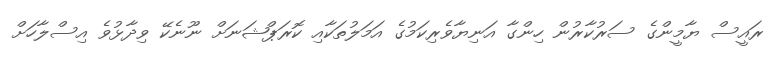
ރައީސް ޔާމީންގެ ސަރުކާރުން ހިންގާ އަނިޔާވެރިކަމުގެ އަމަލުތަކާއި ކޮރަޕްޝަނަށް ނޫނެކޭ ވިދާޅުވެ އިސްލާހަށް